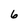
Character: 6